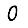
Digit: 0